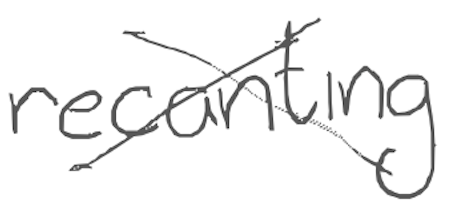
Text: recanting
Cross-out: cross
Writing tool: digital_gray